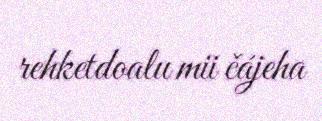
rehketdoalu mii čájeha